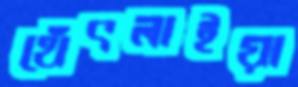
থেঁৎলাইয়া